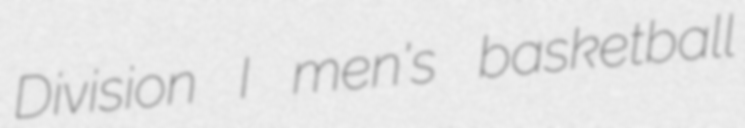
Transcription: Division I men's basketball